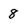
Character: 8